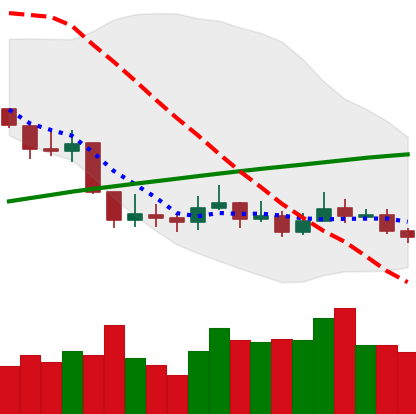
Ticker: LINK-USD
Chart end date: 2019-09-12
Forward return: -4.58%
Label: down_3_5